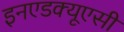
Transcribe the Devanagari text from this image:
इनएडक्यूएसी